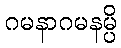
ဂမနာဂမနမ္ပိ